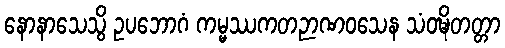
နောနာသေသွိ ဥပဘောဂံ ကမ္မဿကတဉာဏဝသေန သံဝဍ္ဎိတတ္တာ